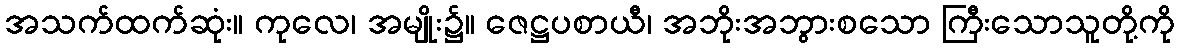
အသက်ထက်ဆုံး။ ကုလေ၊ အမျိုး၌။ ဇေဋ္ဌပစာယီ၊ အဘိုးအဘွားစသော ကြီးသောသူတို့ကို